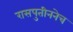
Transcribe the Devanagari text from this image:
रासपुतीननेच